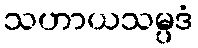
သဟာယသမ္ပဒံ